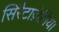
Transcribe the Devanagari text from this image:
सिरैटाज़ेमिया